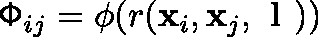
\mathsf { \Phi } _ { i j } = \phi ( r ( \ensuremath { \mathbf { x } } _ { i } , \ensuremath { \mathbf { x } } _ { j } , \textbf { l } ) )